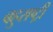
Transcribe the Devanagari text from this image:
बहुराष्ट्री